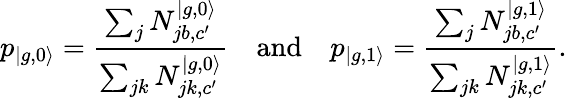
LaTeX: p_{|{g,0\rangle}}=\frac{\sum_{j}N_{jb,c^{\prime}}^{|g,0\rangle}}{\sum_{jk}N_{jk,c^{\prime}}^{|g,0\rangle}}\quad\mathrm{and}\quad p_{|{g,1\rangle}}=\frac{\sum_{j}N_{jb,c^{\prime}}^{|g,1\rangle}}{\sum_{jk}N_{jk,c^{\prime}}^{|g,1\rangle}}.